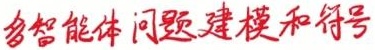
多智能体问题建模和符号